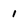
Character: i